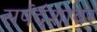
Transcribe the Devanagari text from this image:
सर्पदंशावर